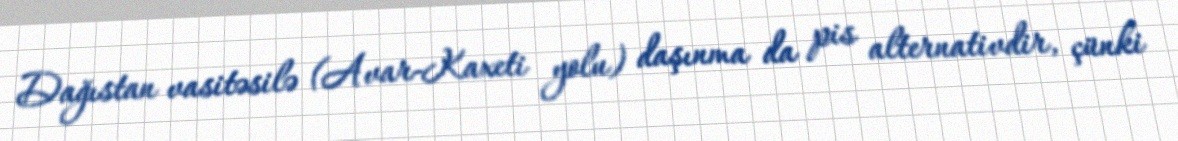
Dağıstan vasitəsilə (Avar-Kaxeti yolu) daşınma da pis alternativdir, çünki